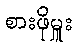
စားဖိုမှူး